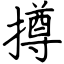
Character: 撙